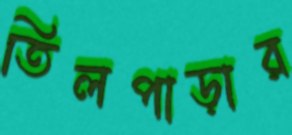
তিলপাড়ার